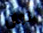
لثمان